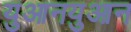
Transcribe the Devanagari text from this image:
युआनयुआन